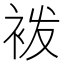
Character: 袯